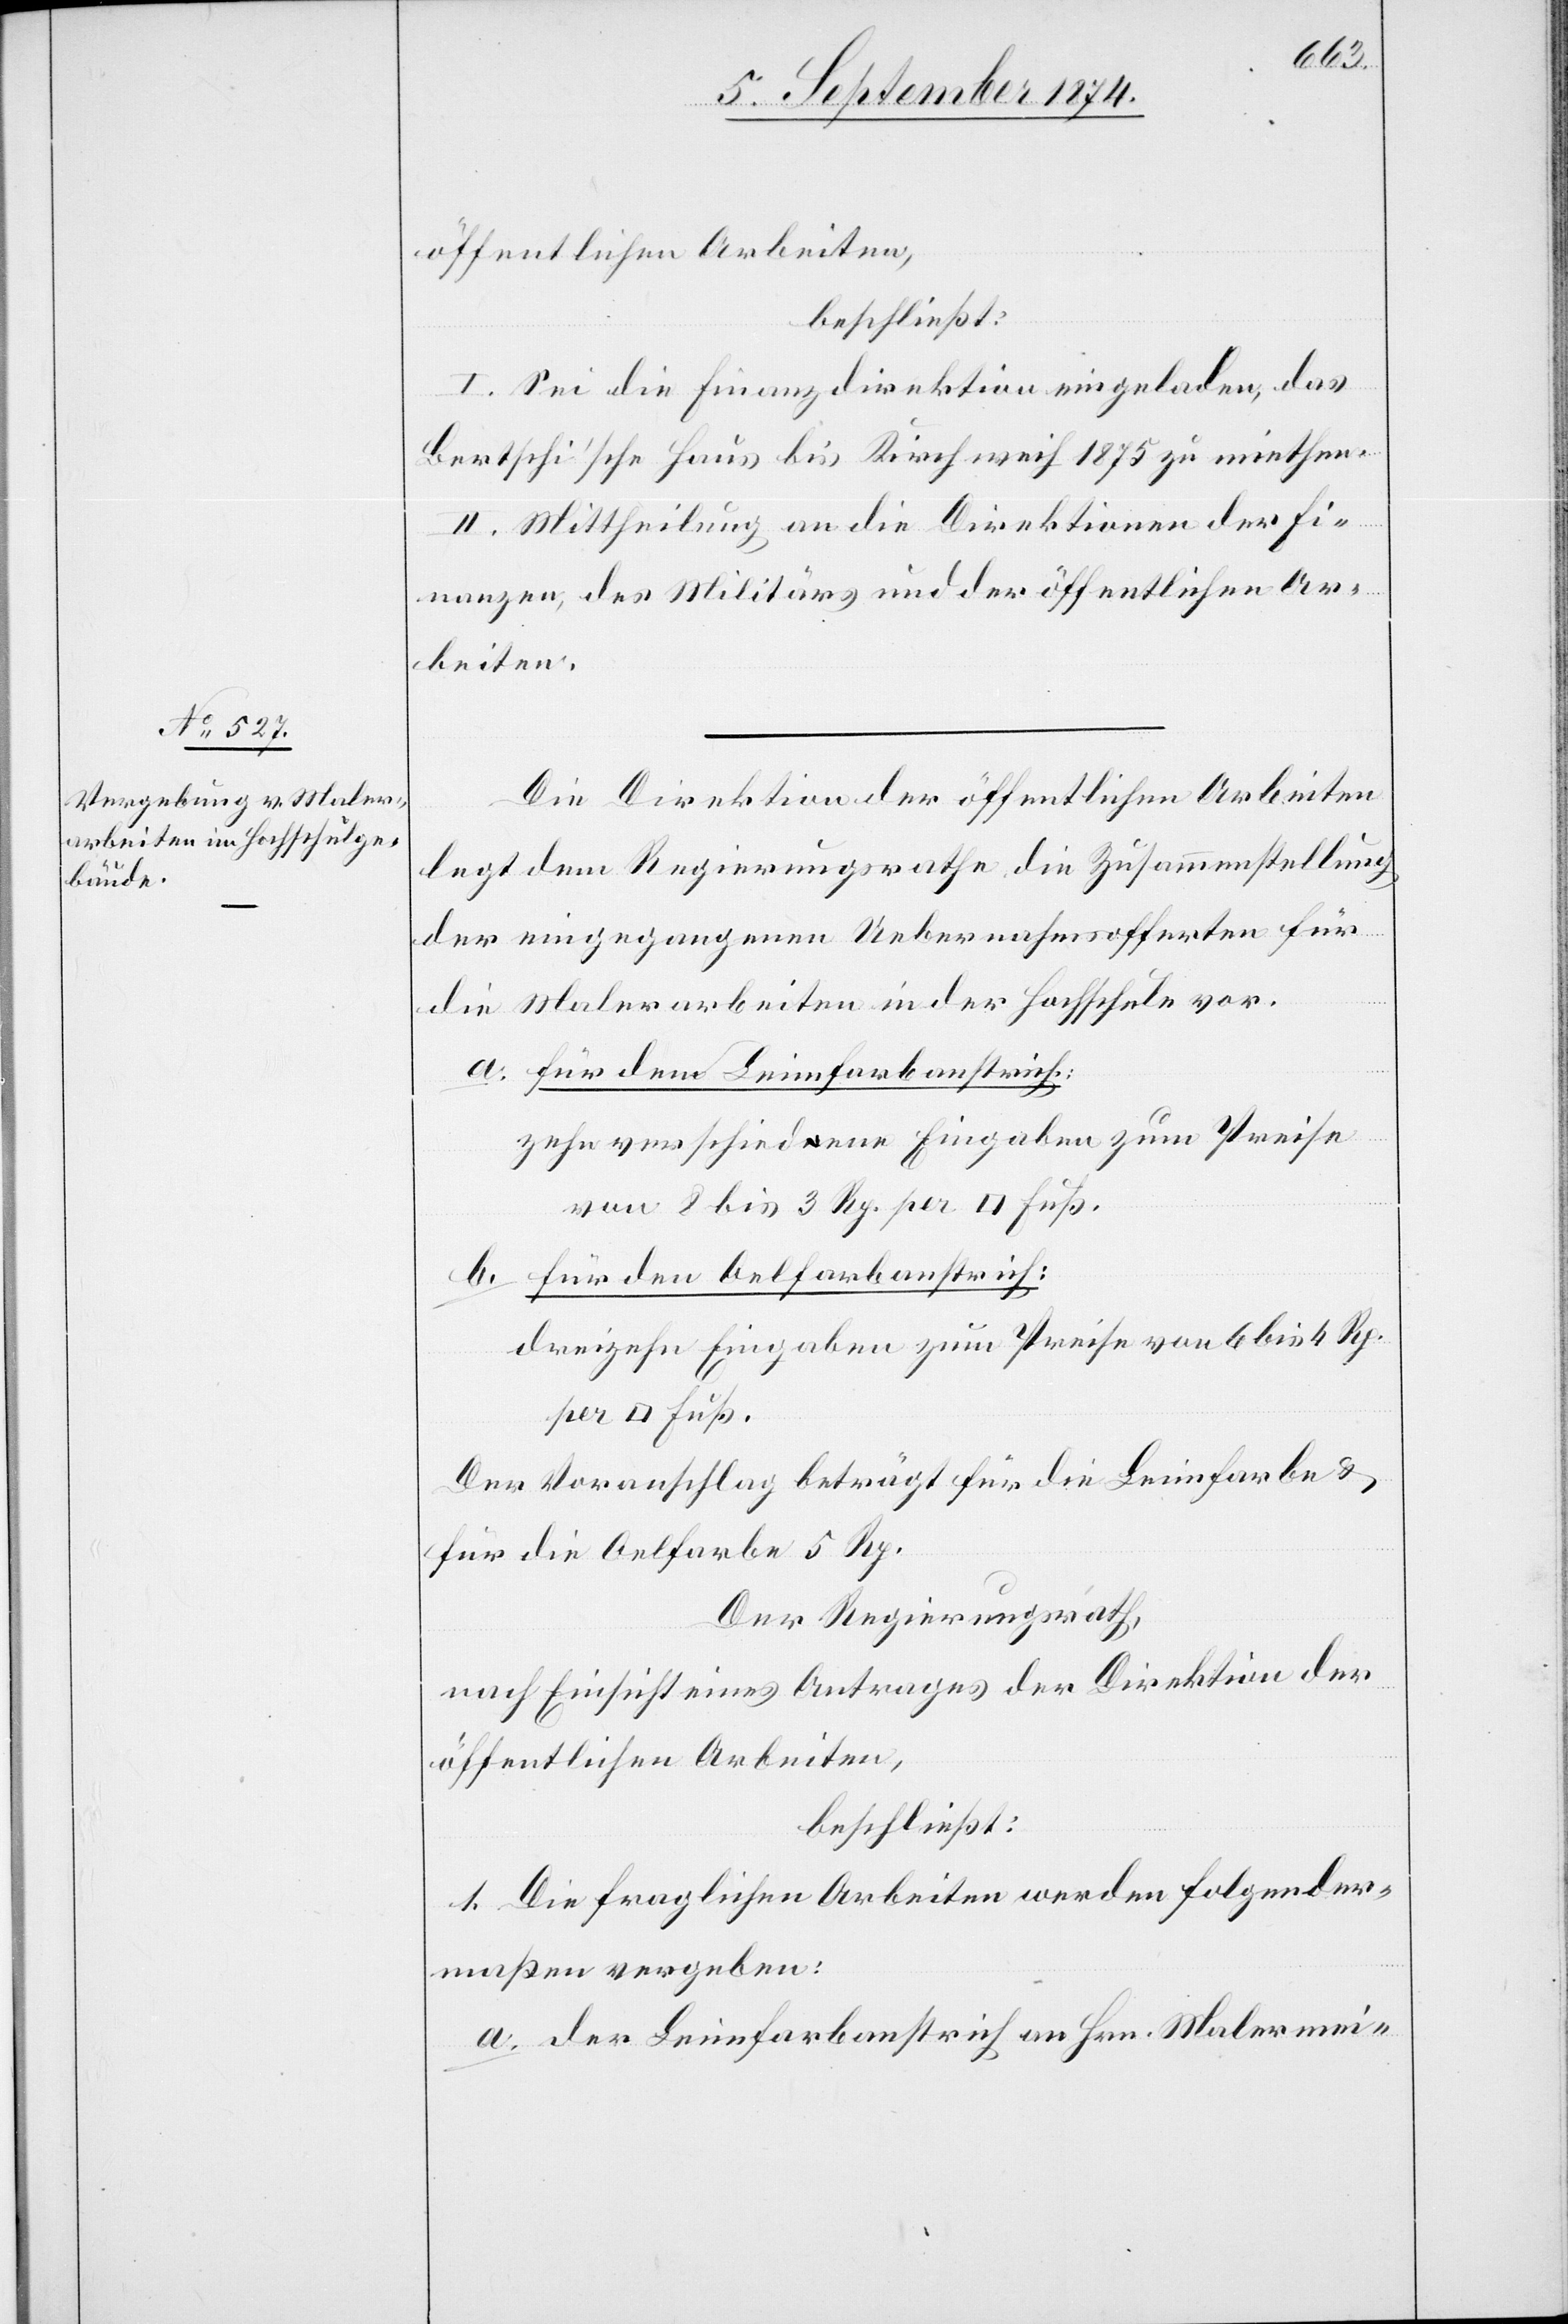
öffentlichen Arbeiten,
beschließt:
I. Sei die Finanzdirektion eingeladen, das
Bertschi’sche Haus bis Kirchweih 1875 zu miethen.
II. Mittheilung an die Direktionen der Fi¬
nanzen, des Militärs und der öffentlichen Ar¬
beiten.
Die Direktion der öffentlichen Arbeiten
legt dem Regierungsrathe die Zusammenstellung
der eingegangenen Uebernahmsofferten für
die Malerarbeiten in der Hochschule vor.
a. für den Leimfarbanstrich:
zehn verschiedene Eingaben zum Preise
von 8 bis 3 Rp. per [Quadrat]fuß.
b. für den Oelfarbanstrich:
dreizehn Eingaben zum Preise von 6 bis 4 Rp.
Der Voranschlag beträgt für die Leimfarbe u.
für die Oelfarbe 5 Rp.
Der Regierungsrath,
nach Einsicht eines Antrages der Direktion der
öffentlichen Arbeiten,
beschließt:
1. Die fraglichen Arbeiten werden folgender¬
maßen vergeben:
a. der Leimfarbanstrich an Hrn. Malermei-